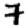
Digit: 7